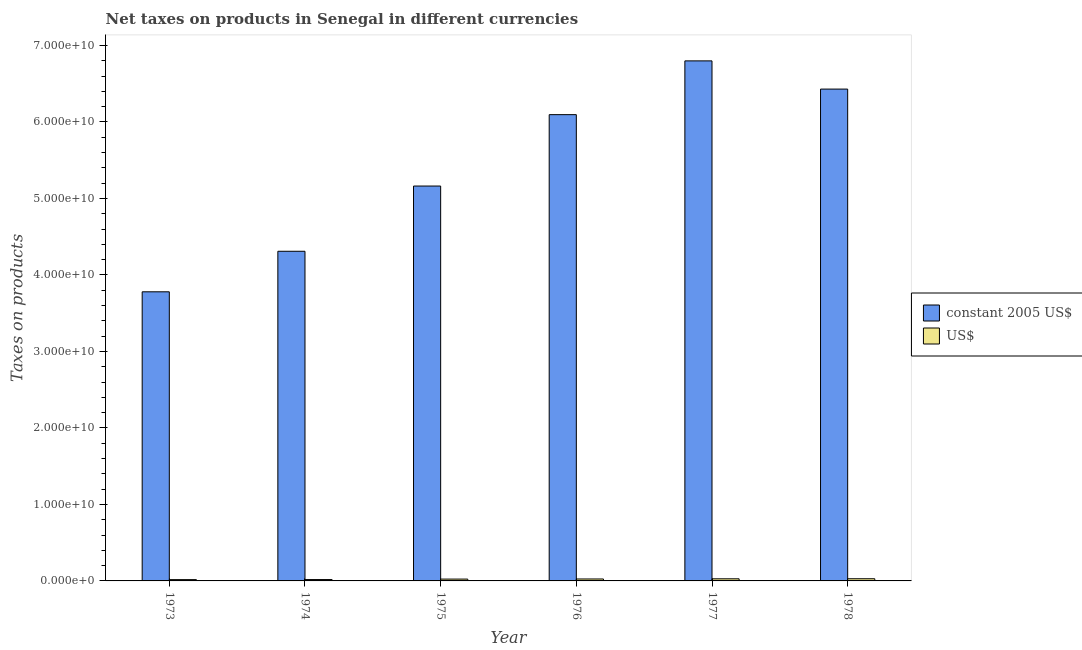
| Year | constant 2005 US$ | US$ |
 | --- | --- | --- |
 | 1973 | 3.78e+10 | 1.7e+08 |
 | 1974 | 4.31e+10 | 1.79e+08 |
 | 1975 | 5.16e+10 | 2.41e+08 |
 | 1976 | 6.1e+10 | 2.55e+08 |
 | 1977 | 6.8e+10 | 2.77e+08 |
 | 1978 | 6.43e+10 | 2.85e+08 |